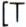
[T